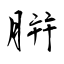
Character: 腁